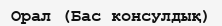
Орал (Бас консулдық)